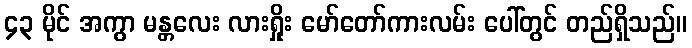
၄၃ မိုင် အကွာ မန္တလေး လားရှိုး မော်တော်ကားလမ်း ပေါ်တွင် တည်ရှိသည်။